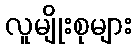
လူမျိုးစုများ